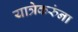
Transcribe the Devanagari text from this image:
यात्रेकरुंना